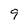
Character: 9